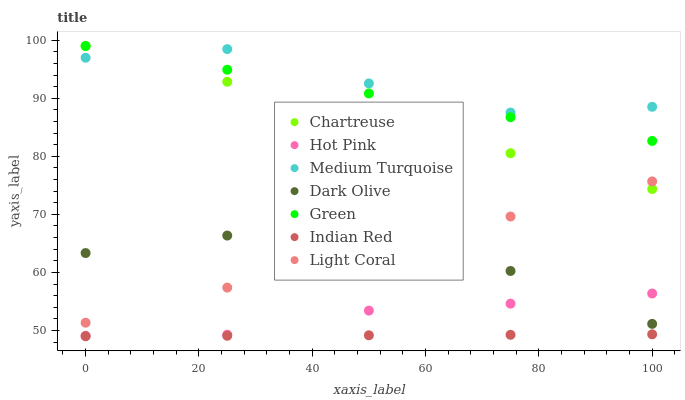
| xaxis_label | Chartreuse | Hot Pink | Medium Turquoise | Dark Olive | Green | Indian Red | Light Coral |
 | --- | --- | --- | --- | --- | --- | --- | --- |
 | 0 | 99 | 49.1 | 97 | 63.3 | 99 | 49 | 51.3 |
 | 25 | 92.8 | 49.3 | 98.5 | 66.3 | 94.9 | 49.1 | 57.4 |
 | 50 | 86.7 | 53.4 | 92.6 | 65.3 | 90.8 | 49.2 | 60.9 |
 | 75 | 80.5 | 54.6 | 87.5 | 60.2 | 86.7 | 49.2 | 69.6 |
 | 100 | 74.4 | 56.4 | 88.5 | 51.1 | 82.7 | 49.3 | 75.7 |